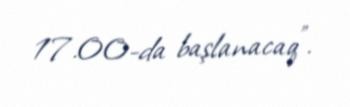
17.00-da başlanacaq".